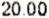
20.00